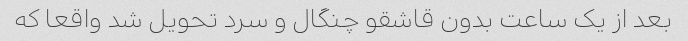
بعد از یک ساعت بدون قاشقو چنگال و سرد تحویل شد واقعا که